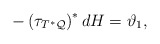
\begin{align*}-\left( \tau _{T^{\ast }\mathcal{Q}}\right) ^{\ast }dH=\vartheta_{1}, \end{align*}